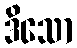
ဒိသော